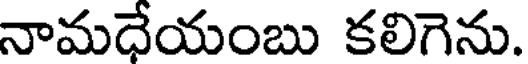
నామధేయంబు కలిగెను.